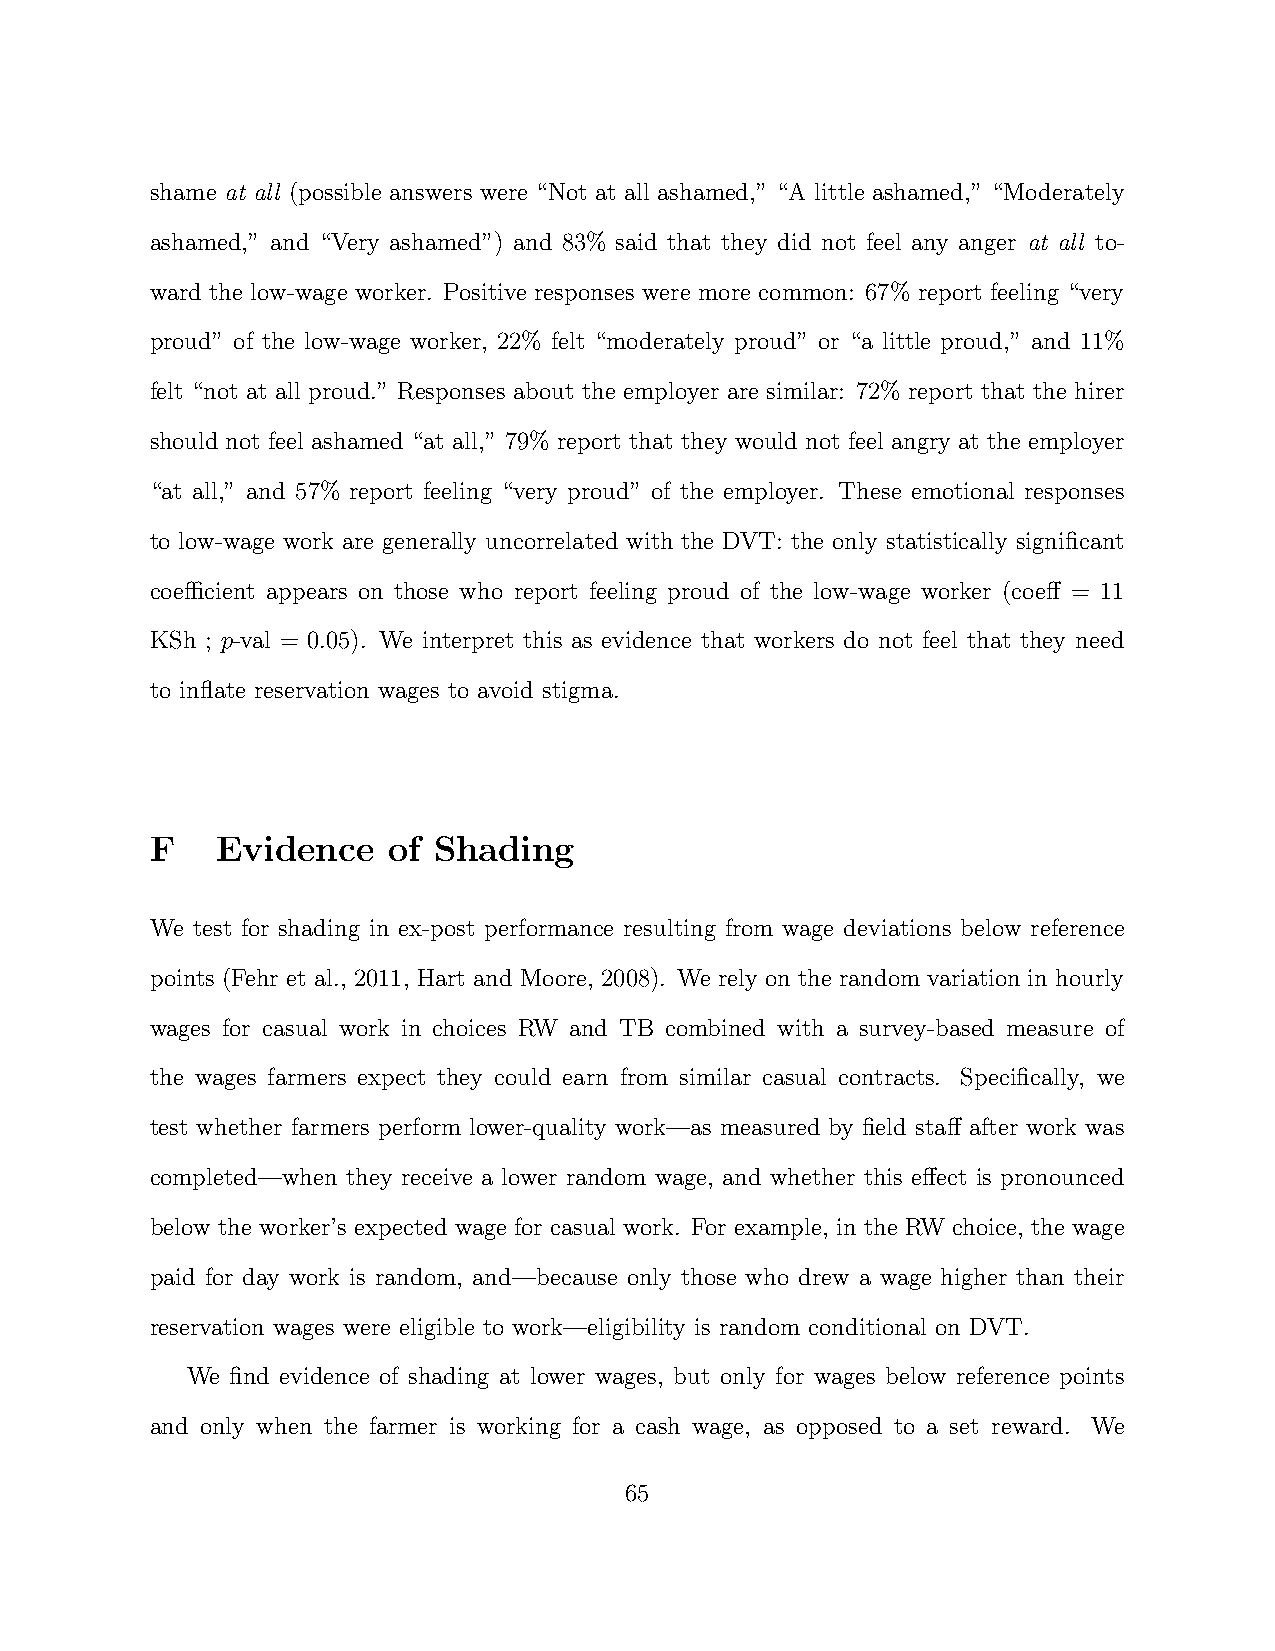
shame at all (possible answers were “Not at all ashamed,” “A little ashamed,” “Moderately
 ashamed,” and “Very ashamed”) and 83% said that they did not feel any anger at all to-
 ward the low-wage worker. Positive responses were more common: 67% report feeling “very
 proud” of the low-wage worker, 22% felt “moderately proud” or “a little proud,” and 11%
 felt “not at all proud.” Responses about the employer are similar: 72% report that the hirer
 should not feel ashamed “at all,” 79% report that they would not feel angry at the employer
 “at all,” and 57% report feeling “very proud” of the employer. These emotional responses
 to low-wage work are generally uncorrelated with the DVT: the only statistically significant
 coefficient appears on those who report feeling proud of the low-wage worker (coeff = 11
 KSh ; p-val = 0.05). We interpret this as evidence that workers do not feel that they need
 to inflate reservation wages to avoid stigma.
 F   Evidence    of Shading
 We test for shading in ex-post performance resulting from wage deviations below reference
 points (Fehr et al., 2011, Hart and Moore, 2008). We rely on the random variation in hourly
 wages for casual work in choices RW and TB combined with a survey-based measure of
 the wages farmers expect they could earn from similar casual contracts. Specifically, we
 test whether farmers perform lower-quality work—as measured by field staff after work was
 completed—when they receive a lower random wage, and whether this effect is pronounced
 below the worker’s expected wage for casual work. For example, in the RW choice, the wage
 paid for day work is random, and—because only those who drew a wage higher than their
 reservation wages were eligible to work—eligibility is random conditional on DVT.
 We find evidence of shading at lower wages, but only for wages below reference points
 and only when the farmer is working for a cash wage, as opposed to a set reward. We
 65